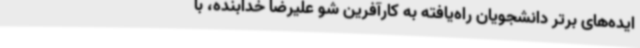
ایده‌های برتر دانشجویان راه‌یافته به کارآفرین شو علیرضا خدابنده، با